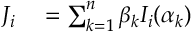
\begin{array} { r l } { J _ { i } } & { { } = \sum _ { k = 1 } ^ { n } \beta _ { k } I _ { i } ( \alpha _ { k } ) } \end{array}